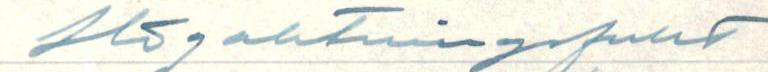
Högaktningsfullt